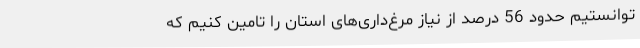
توانستیم حدود 56 درصد از نیاز مرغ‌داری‌های استان را تامین کنیم که